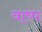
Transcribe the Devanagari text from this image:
वाष्‍प